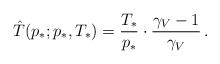
LaTeX: \begin{align*} \hat T(p_*;p_*,T_*)=\frac{T_*}{p_*}\cdot \frac{\gamma_V-1}{\gamma_V}\,.\end{align*}